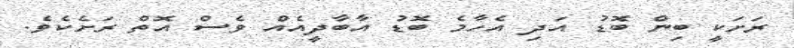
ރަށަކީ ބިން ބޮޑު އަދި އެހާމެ ބޮޑު އާބާދީއެއް ވެސް އޮތް ރަށެކެވެ.